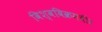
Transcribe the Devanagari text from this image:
विश्वविक्रमवीर